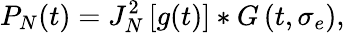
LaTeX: P_{N}(t)=J_{N}^{2}\left[g(t)\right]*G\left(t,\sigma_{e}\right),